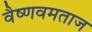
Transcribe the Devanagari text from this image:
वैष्णवमताज